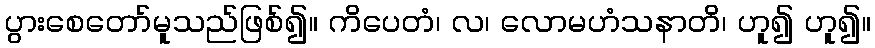
ပွားစေတော်မူသည်ဖြစ်၍။ ကိပေတံ၊ လ၊ လောမဟံသနာတိ၊ ဟူ၍ ဟူ၍။